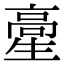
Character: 𩫍